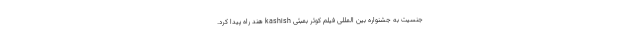
جنسیت به جشنواره بین المللی فیلم کوئر بمبئی kashish هند راه پیدا کرد.